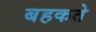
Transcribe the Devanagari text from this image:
बहकते